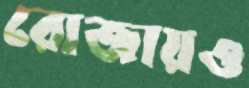
রোজায়ও